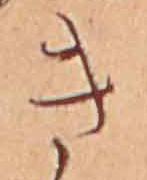
き